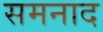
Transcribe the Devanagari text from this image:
समनाद